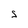
Character: S